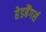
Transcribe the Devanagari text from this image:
हेडबैंगर्स